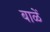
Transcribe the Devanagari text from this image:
बाळें